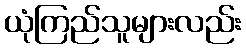
ယုံကြည်သူများလည်း